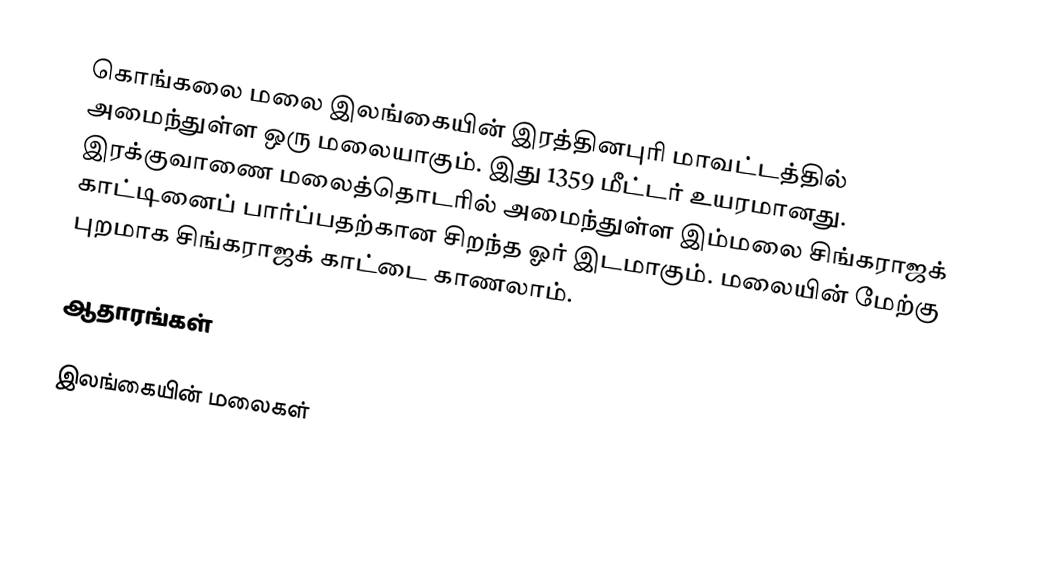
கொங்கலை மலை இலங்கையின் இரத்தினபுரி மாவட்டத்தில் அமைந்துள்ள ஒரு மலையாகும். இது 1359 மீட்டர்  உயரமானது.   இரக்குவாணை மலைத்தொடரில் அமைந்துள்ள இம்மலை  சிங்கராஜக் காட்டினைப் பார்ப்பதற்கான சிறந்த ஓர் இடமாகும். மலையின் மேற்கு புறமாக சிங்கராஜக் காட்டை காணலாம்.

ஆதாரங்கள்

இலங்கையின் மலைகள்